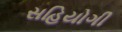
સહિયોગી